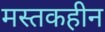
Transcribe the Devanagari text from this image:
मस्तकहीन